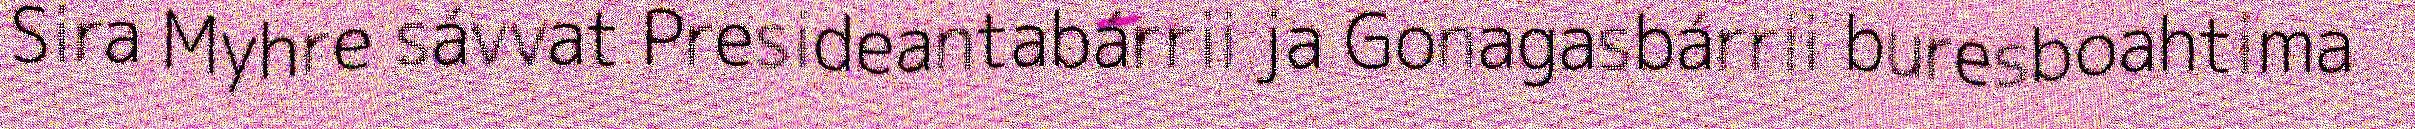
Sira Myhre sávvat Presideantabárrii ja Gonagasbárrii buresboahtima